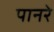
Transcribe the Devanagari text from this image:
पानरे